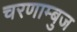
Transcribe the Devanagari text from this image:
चरणाम्बुज